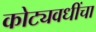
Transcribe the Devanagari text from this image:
कोट्यवधींचा